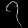
Digit: ၇